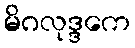
မိဂလုဒ္ဒကေ